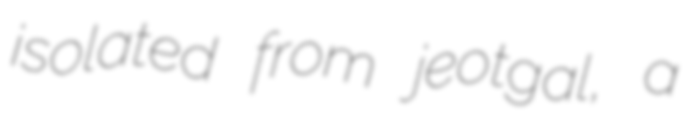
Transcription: isolated from jeotgal, a